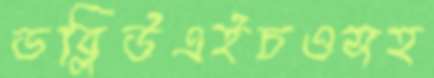
ডব্লিউএইচওসহ